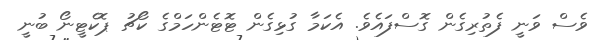
ވެސް ވަނީ ފެތުރިގެން ގޮސްފައެވެ. އެކަމާ ގުޅިގެން ޓޮޓެންހަމްގެ ކޯޗު ޕޮކެޓީނޯ ބުނީ